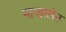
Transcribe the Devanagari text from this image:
माग्डालेन